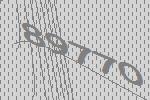
89770